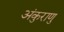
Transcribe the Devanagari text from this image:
अंकुराणु